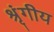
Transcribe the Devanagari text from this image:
श्रृंगीय